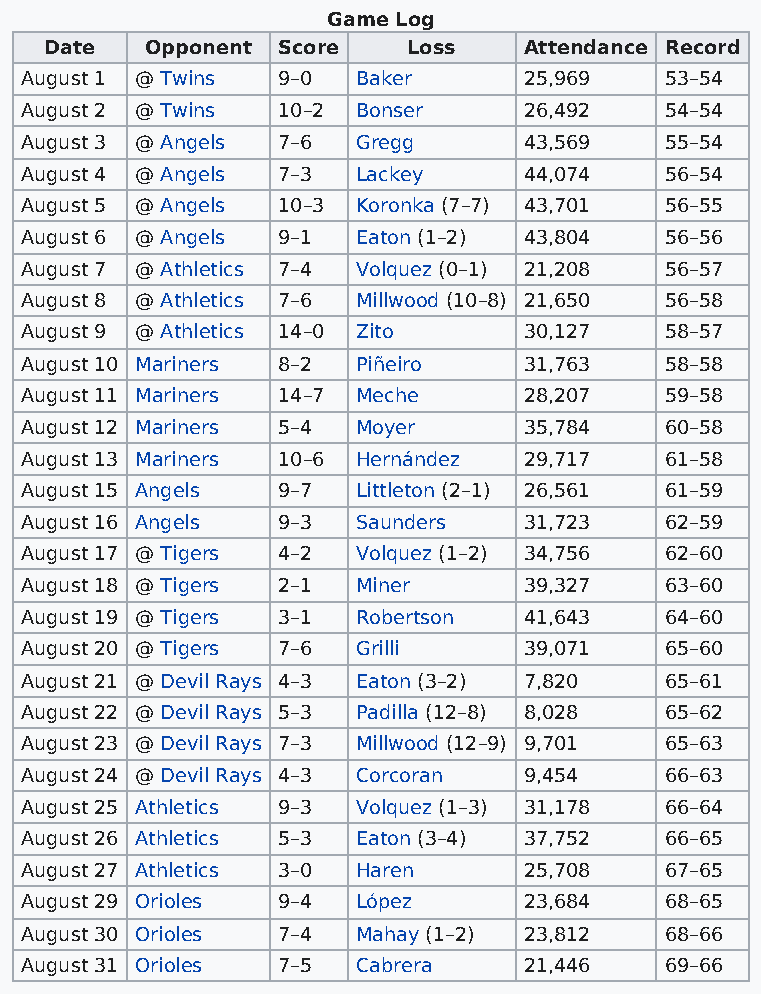
Game Log
 Date   Opponent Score   Loss    Attendance Record
 August 1 @ Twins 9–0   Baker      25,969   53–54
 August 2 @ Twins 10–2  Bonser     26,492   54–54
 August 3 @ Angels 7–6  Gregg      43,569   55–54
 August 4 @ Angels 7–3  Lackey     44,074   56–54
 August 5 @ Angels 10–3 Koronka (7–7) 43,701 56–55
 August 6 @ Angels 9–1  Eaton (1–2) 43,804  56–56
 August 7 @ Athletics 7–4 Volquez (0–1) 21,208 56–57
 August 8 @ Athletics 7–6 Millwood (10–8) 21,650 56–58
 August 9 @ Athletics 14–0 Zito    30,127   58–57
 August 10 Mariners 8–2 Piñeiro    31,763   58–58
 August 11 Mariners 14–7 Meche     28,207   59–58
 August 12 Mariners 5–4 Moyer      35,784   60–58
 August 13 Mariners 10–6 Hernández 29,717   61–58
 August 15 Angels 9–7   Littleton (2–1) 26,561 61–59
 August 16 Angels 9–3   Saunders   31,723   62–59
 August 17 @ Tigers 4–2 Volquez (1–2) 34,756 62–60
 August 18 @ Tigers 2–1 Miner      39,327   63–60
 August 19 @ Tigers 3–1 Robertson  41,643   64–60
 August 20 @ Tigers 7–6 Grilli     39,071   65–60
 August 21 @ Devil Rays 4–3 Eaton (3–2) 7,820 65–61
 August 22 @ Devil Rays 5–3 Padilla (12–8) 8,028 65–62
 August 23 @ Devil Rays 7–3 Millwood (12–9) 9,701 65–63
 August 24 @ Devil Rays 4–3 Corcoran 9,454  66–63
 August 25 Athletics 9–3 Volquez (1–3) 31,178 66–64
 August 26 Athletics 5–3 Eaton (3–4) 37,752 66–65
 August 27 Athletics 3–0 Haren     25,708   67–65
 August 29 Orioles 9–4  López      23,684   68–65
 August 30 Orioles 7–4  Mahay (1–2) 23,812  68–66
 August 31 Orioles 7–5  Cabrera    21,446   69–66